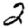
Digit: 2